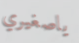
ياصغيري